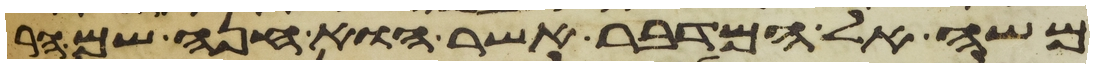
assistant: משה אל המדבר אשר הוא חנה שם הר